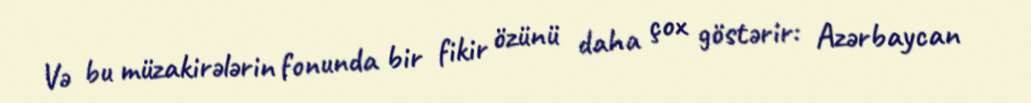
Və bu müzakirələrin fonunda bir fikir özünü daha çox göstərir: Azərbaycan